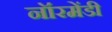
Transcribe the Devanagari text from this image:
नॉरमेंडी